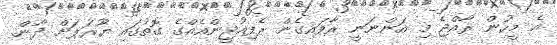
އެ މީހުން ރާއްޖެ މި އަންނަނީ ރާވައިގެން ރެފިއުޖީންއެއްގެ ގޮތުގައި ޔޫރަޕަށް ދާން.